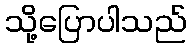
သို့ပြောပါသည်